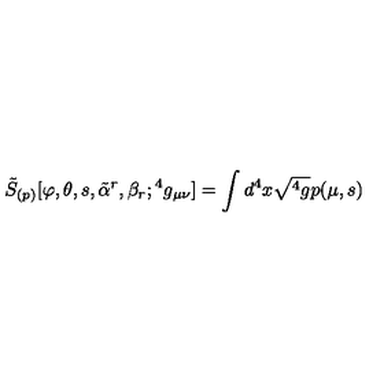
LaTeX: { \tilde { S } } _ { ( p ) } [ \varphi , \theta , s , { \tilde { \alpha } } ^ { r } , \beta _ { r } ; { } ^ { 4 } g _ { \mu \nu } ] = \int d ^ { 4 } x \sqrt { { } ^ { 4 } g } p ( \mu , s )